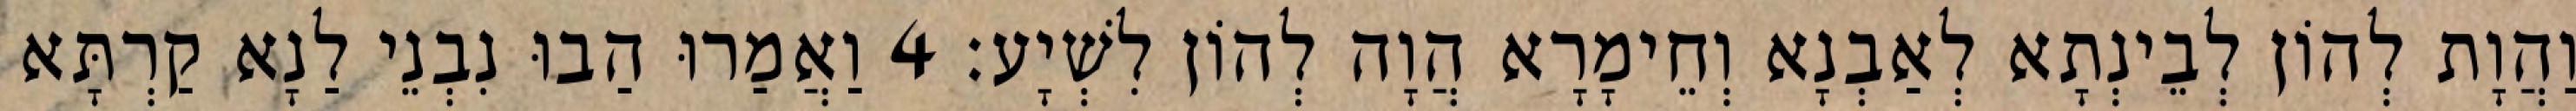
וַהֲוָת לְהוֹן לְבֵינְתָא לְאַבְנָא וְחֵימָרָא הֲוָה לְהוֹן לִשְׁיָע׃ 4 וַאֲמַרוּ הַבוּ נִבְנֵי לַנָא קַרְתָּא